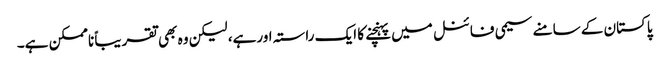
پاکستان کے سامنے سیمی فائنل میں پہنچنے کا ایک راستہ اورہے، لیکن وہ بھی تقریباً ناممکن ہے۔